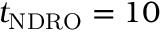
t _ { \mathrm { N D R O } } = 1 0